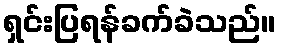
ရှင်းပြရန်ခက်ခဲသည်။